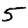
Digit: 5